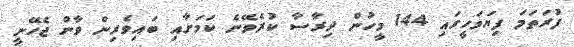
ފުރަތަމަ ފިޔަވަހީގައި 144 މީހުން ދިރާސާ ކުރެވޭނެ ކަމަށާއި ބައިވެރިން ވާން ޖެހޭނީ